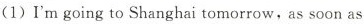
(1) I'm going to Shanghai tomorrow,as soon as